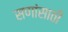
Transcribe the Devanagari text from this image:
सणांसाठी